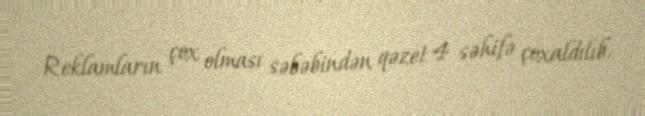
Reklamların çox olması səbəbindən qəzet 4 səhifə çoxaldılıb.